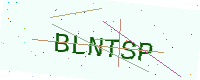
Text: BLNTSP